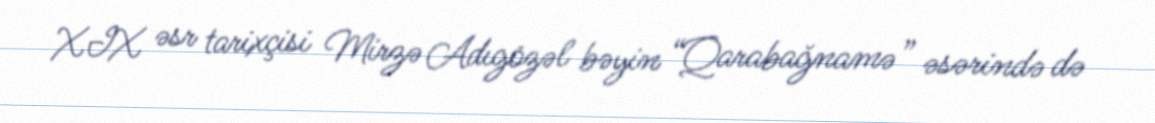
XIX əsr tarixçisi Mirzə Adıgözəl bəyin “Qarabağnamə” əsərində də